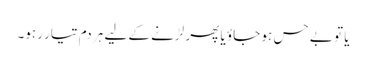
یا تو بے حس ہو جاؤ یا پھر لڑنے کے لیے ہر دم تیار رہو۔